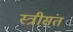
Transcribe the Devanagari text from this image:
स्त्रीसंत